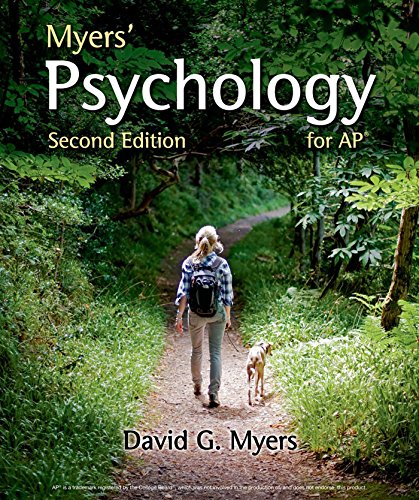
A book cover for Myers' Psychology for AP*; David G. Myers; Medical Books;